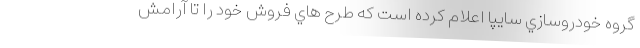
گروه خودروسازي سايپا اعلام کرده است که طرح هاي فروش خود را تا آرامش